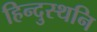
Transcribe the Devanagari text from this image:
हिन्दुस्थनि